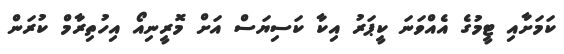
ކަމަށާއި ޓީމުގެ އެއްވަނަ ކީޕަރު އިކާ ކަސިޔަސް އަށް މޮރީނިއޯ އިހުތިރާމް ކުރަން